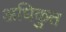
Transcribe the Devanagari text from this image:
अधिकुत